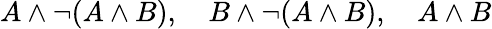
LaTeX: A\land\neg(A\land B),\quad B\land\neg(A\land B),\quad A\land B